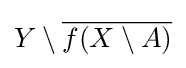
Y\setminus {\overline {f(X\setminus A)}}